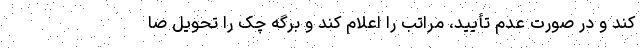
کند و در صورت عدم تأیید، مراتب را اعلام کند و برگه چک را تحویل صا